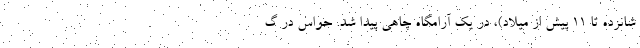
شانزده تا ۱۱ پیش از میلاد)، در یک آرامگاه چاهی پیدا شد. حواس در گ